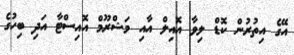
އޭގެ އިތުރުން ކޮޑް ލިވާ އޮއިލް އާއި މަޝްރޫމް އޮއިސްޓާ އަދި ބިހުގެ